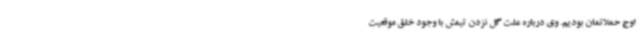
اوج حملاتمان بودیم. وی درباره علت گل نزدن تیمش با وجود خلق موقعیت